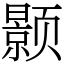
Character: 颢